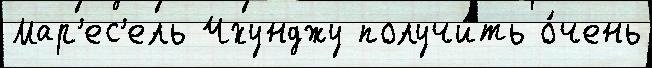
Мар'ес'ель Чхунджу получи́ть о́чень